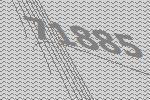
71885